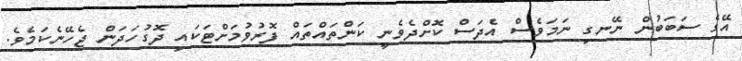
އޭގެ ސަބަބުން ނޭނގި ނަމަވެސް އެދަސް ކޮށްދެވެނީ ކަންތައްތައް ފޮރުވުމަށްޓަކައި ދޮގުހަދަން ޖެހޭނެކަމެވެ.